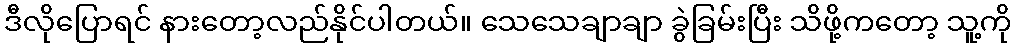
ဒီလိုပြောရင် နားတော့လည်နိုင်ပါတယ်။ သေသေချာချာ ခွဲခြမ်းပြီး သိဖို့ကတော့ သူ့ကို